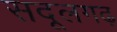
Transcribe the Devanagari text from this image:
सदूलगढ़